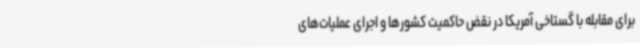
برای مقابله با گستاخی آمریکا در نقض حاکمیت کشورها و اجرای عملیات‌های